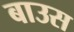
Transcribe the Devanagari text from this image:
बाउस